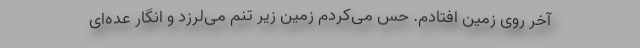
آخر روی زمین افتادم. حس می‌کردم زمین زیر تنم می‌لرزد و انگار عده‌ای